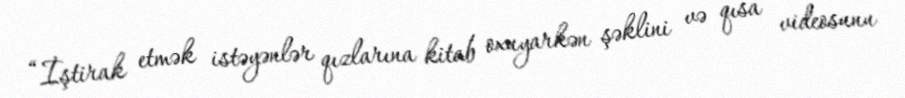
“İştirak etmək istəyənlər qızlarına kitab oxuyarkən şəklini və qısa videosunu